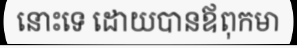
នោះទេ ដោយបានឪពុកមា